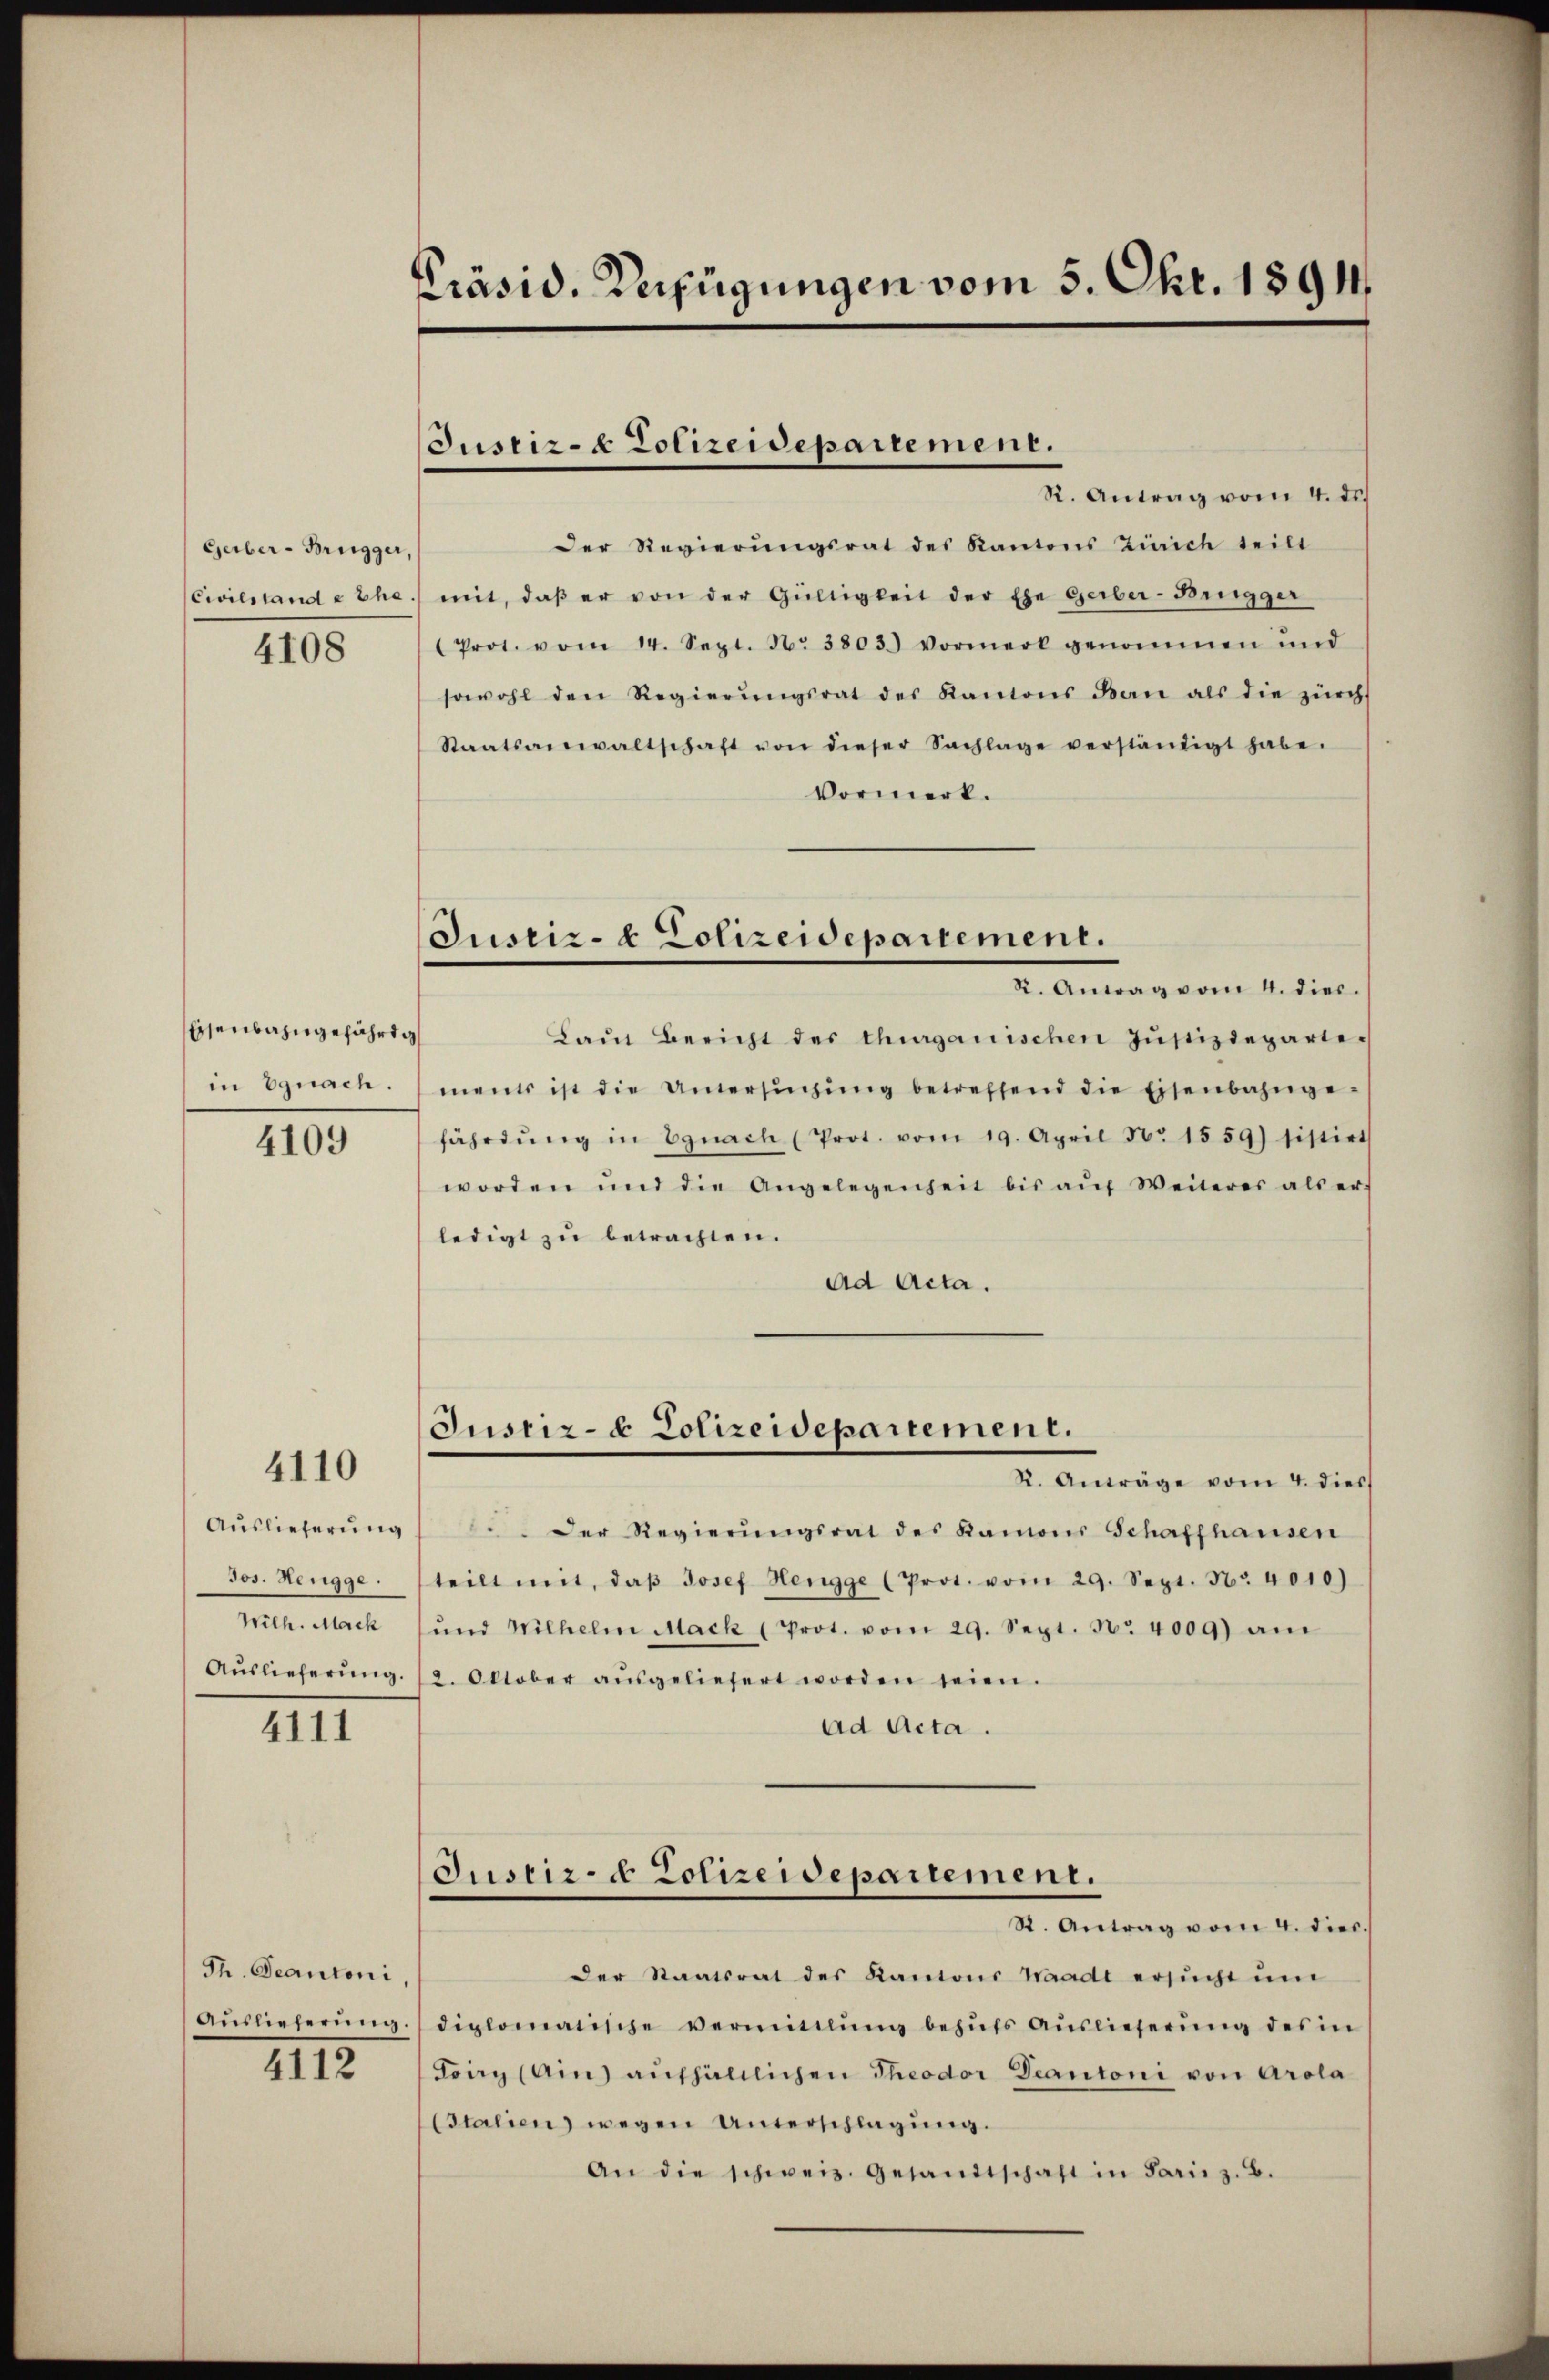
Gerber-Brügger,
Civilstande Ehe.
4108

Eisenbahngefährti
in Egnach.

4109

4110

Auslieferung
Jos. Hengge.
Wilh. Mach
Auslieferung

4111

Th. Beantoni,
IIII.

Präsid. Verfügungen vom 5. Okt. 1891

Justiz- & Polizeidepartement.

Justiz- & Polizeidepartement.
2. Antrag vom 1. die

R. Antrag vom 4. ds.
Der Regierŭngsrat des Kantons Zürich teilt
mit, daβ er von der Gültigkeit der Ehe Gerber-Brugger
(Prot. vom 14. Sept. N. 3803.) Vormerk genommen und
sowohl den Regierŭngsrat des Kantons Bau als die zürch
Staatsanwaltschaft von dieser Sachlage verständigt habe.
Vormerk.
Laŭt Bericht des thurgauischen Jŭstizdepartements ist die Untersŭchŭng betreffend die Eisenbahnge-
fährdŭng in Egnach (Prot. vom 19. April No 1559) sistirt
worden und die Angelegenheit bis aŭf Weiteres als er
ledigt zu betrachten.
ad Acta.
Justiz- & Polizeidepartement.
K. Anträge vom 4. dies
.Der Regierŭngsrat des Kamons Schaffhausen
teilt mit, daβ Josef Hengge (Prot. vom 29. Sept. Nr. 4010)
ŭnd Wilhelm Mack (Prot. vom 29. Sept. No 4009) am
2. Oktober aŭsgeliefert worden seien.
ad Acta.
Justiz- & Polizeidepartement.
St. Antrag vom 4. diec.
der Staatsrat des Kantons Waadt ersŭcht ŭm
Aŭslieferŭng diplomatische vermittlŭng behŭfs Aŭslieferŭng des in
Friy (Ain) aufhältlichen Theodor Beantoni von Arola
Etalien) wegen Unterschlagung.
An die schweiz. Gesandtschaft in Parie z. B.